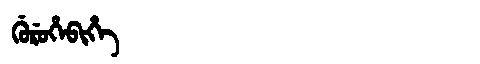
Manchu: ᡤᡠᡵᡠᡥᡝᠪᡳᡥᡝ
Romanization: GURUHEBIHE